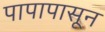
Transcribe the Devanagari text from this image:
पापापासून